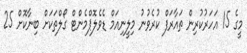
މީގެ 15 އަހަރުކުރިން ތައާރަފް ކުރެވުނު މިލީނިއަމް ޑެވެލޮޕްމެންޓް ގޯލްތަކަށް ބިނާކޮށް 25